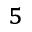
^ { 5 }